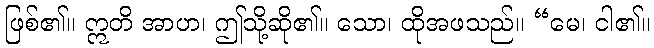
ဖြစ်၏။ ဣတိ အာဟ၊ ဤသို့ဆို၏။ သော၊ ထိုအဖသည်။ “မေ၊ ငါ၏။